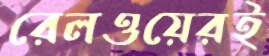
রেলওয়েরই